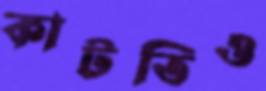
কাটতিও